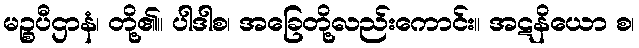
မဉ္စပီဌာနံ၊ တို့၏။ ပါဒါစ၊ အခြေတို့လည်းကောင်း။ အဋနိယော စ၊